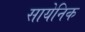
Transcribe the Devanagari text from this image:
सायेनिक